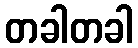
တခါတခါ